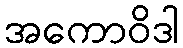
အကောဝိဒါ